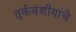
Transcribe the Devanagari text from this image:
तुर्कवंशीयांचे